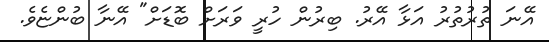
އޭނަ ތުރުތުރު އަޅާ އޭރު. ބިރުން ހުރީ ވަރަށް ބޮޑަށް" އޭނާ ބުންޏެވެ.